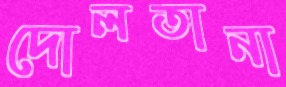
দোলতানা